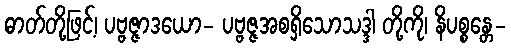
ဓာတ်တို့ဖြင့်၊ ပဗ္ဗဇ္ဇာဒယော- ပဗ္ဗဇ္ဇအစရှိသောသဒ္ဒါ တို့ကို၊ နိပစ္စန္တေ-